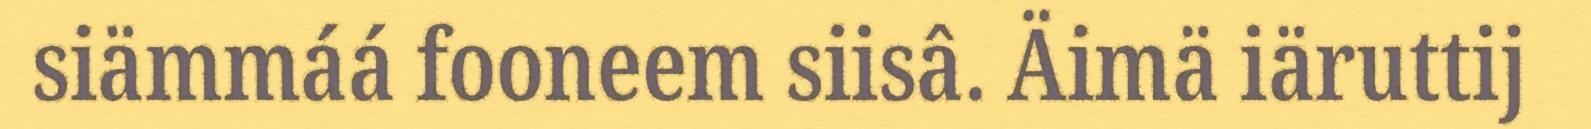
siämmáá fooneem siisâ. Äimä iäruttij